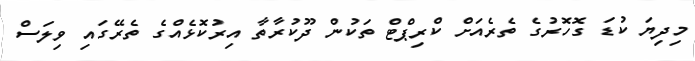
މިދިޔަ ކުޑަ ގޮހޮރުގެ ތެރެއަށް ކްރިޕްޓް ތަކުން ދޫކުރާތާ އިރުކޮޅެއްގެ ތެރޭގައި ވިލަސް